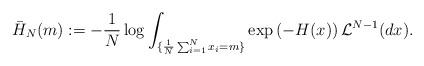
LaTeX: \begin{align*} \bar{H}_N(m) &: = -\frac{1}{N} \log \int_{ \{\frac{1}{N}\sum_{i=1}^{N} x_i = m \} } \exp\left(-H(x)\right) \mathcal{L}^{N-1}(dx) .\end{align*}